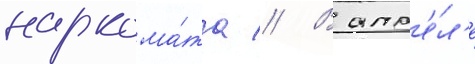
наркома́та // В апр'е́л'е